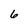
Character: 6